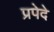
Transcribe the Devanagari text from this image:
प्रपेदे